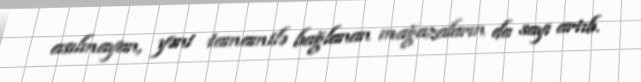
asılmayan, yəni tamamilə bağlanan mağazaların da sayı artıb.